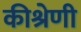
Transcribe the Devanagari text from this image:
कीश्रेणी